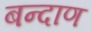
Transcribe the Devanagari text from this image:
बन्दाण